Civil Veterinary Department Bihar & Orissa reports 1922-29 - 1922-1929
Year: 1922
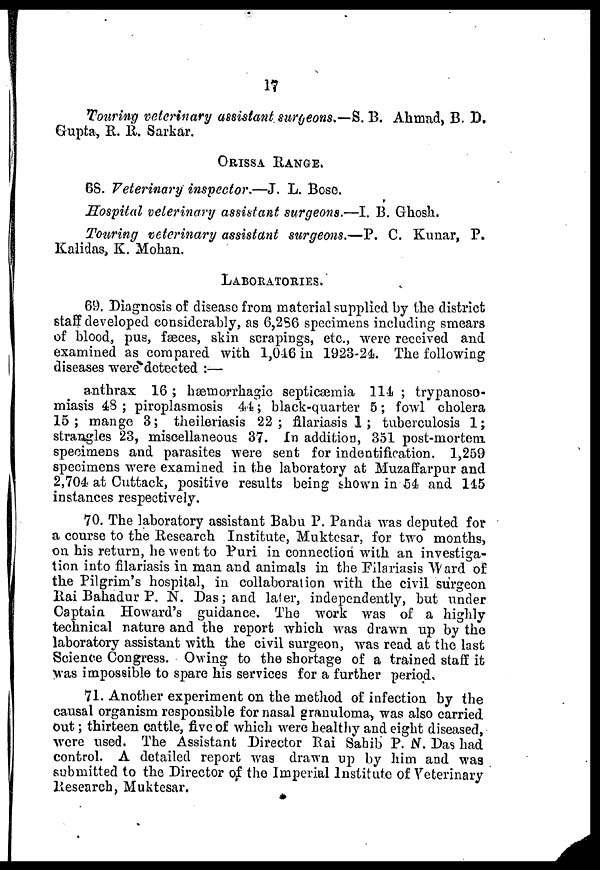
17
Touring veterinary assistant surgeons.—S.B. Ahmad, B. D.
Gupta, R. R. Sarkar.
ORISSA RANGE.
6S. Veterinary inspector,—J. L. Bose.
Hospital veterinary assistant surgeons.—I. B. Ghosh.
Touring veterinary assistant surgeons.—P. C. Kunar, P.
Kalidas, K. Mohan.
LABORATORIES.
69. Diagnosis of disease from material supplied by the district
staff developed considerably, as 6,2S6 specimens including smears
of blood, pus, faeces, skin scrapings, etc., were received and
examined as compared with 1,0-16 in 1923-24. The following
diseases were detected :—
anthrax 16 ; hæmorrhagic septicæmia 11-1 ; trypanoso-
miasis 48 ; piroplasmosis 44; black-quarter 5; fowl cholera
15; mange 3; theileriasis 22; filariasis 1 ; tuberculosis 1;
strangles 23, miscellaneous 37. In addition, 351 post-mortem
specimens and parasites were sent for indentification. 1,259
specimens were examined in the laboratory at Muzaffarpur and
2,704 at Cuttack, positive results being shown in 54 and 145
instances respectively.
70. The laboratory assistant Babu P. Panda was deputed for
a course to the Research Institute, Muktesar, for two months,
on his return, he went to Puri in connection with an investiga-
tion into filariasis in man and animals in the Filariasis Ward of
the Pilgrim's hospital, in collaboration with the civil surgeon
Rai Bahadur P. N. Das; and later, independently, but under
Captain Howard's guidance. The work was of a highly
technical nature and the report which was drawn up by the
laboratory assistant with the civil surgeon, was read at the last
Science Congress. Owing to the shortage of a trained staff it
was impossible to spare his services for a further period,
71. Another experiment on the method of infection by the
causal organism responsible for nasal granuloma, was also carried
Out; thirteen cattle, five of which were healthy and eight diseased,
were used. The Assistant Director Rai Sahib P. N. Das had
control. A detailed report was drawn up by him and was
submitted to the Director of the Imperial Institute of Veterinary
Research, Muktesar.